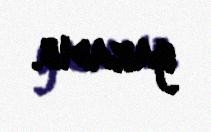
yaradıb.